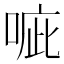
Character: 㖢